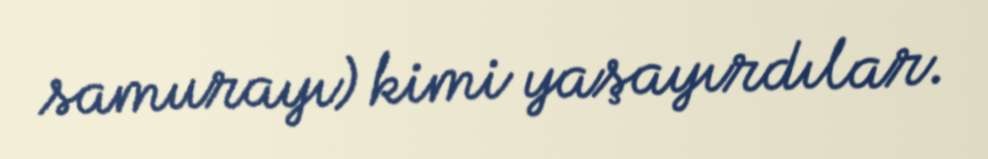
samurayı) kimi yaşayırdılar.